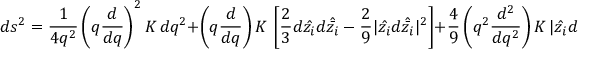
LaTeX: d s ^ { 2 } = { \frac { 1 } { 4 q ^ { 2 } } } \left( q { \frac { d } { d q } } \right) ^ { 2 } K \, d q ^ { 2 } + \left( q { \frac { d } { d q } } \right) K \, \left[ { \frac { 2 } { 3 } } d \hat { z _ { i } } d \hat { \bar { z _ { i } } } - { \frac { 2 } { 9 } } | \hat { z _ { i } } d \hat { \bar { z _ { i } } } | ^ { 2 } \right] + { \frac { 4 } { 9 } } \left( q ^ { 2 } { \frac { d ^ { 2 } } { d q ^ { 2 } } } \right) K \, | \hat { z _ { i } } d \hat { \bar { z _ { i } } } | ^ { 2 } .